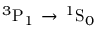
^ 3 \mathrm { P } _ { 1 } \, \rightarrow \, ^ { 1 } \mathrm { S } _ { 0 }